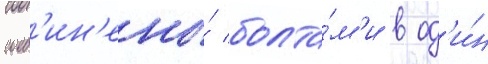
соед'ин'ены́ болта́м'и в од'и́н